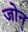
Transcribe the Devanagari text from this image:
जोन्